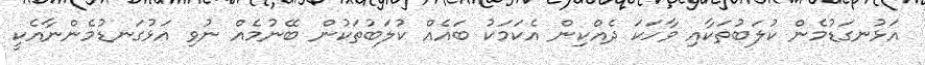
އަޅުނގަޑުމެން ކުލަބުތަކާއި ވާހަކަ ދެއްކިން އެކަމަކު ބައެއް ކުލަބުތަކުން ބޭނުމެއް ނުވި އަޅުގަނޑުމެންނާއެކީ